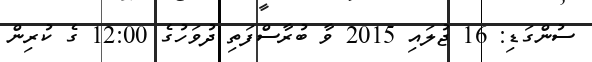
ސުންގަޑި: 16 ޖުލައި 2015 ވާ ބުރާސްފަތި ދުވަހުގެ 12:00 ގެ ކުރިން